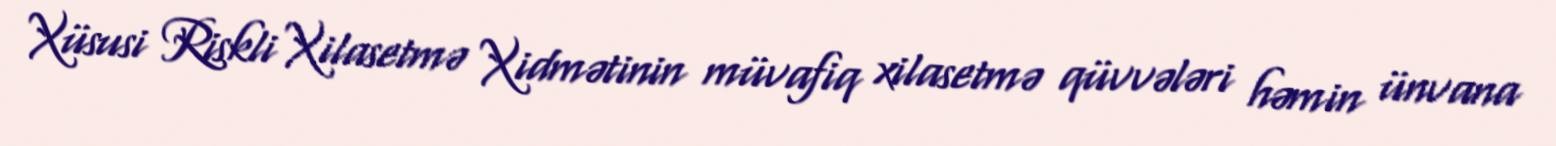
Xüsusi Riskli Xilasetmə Xidmətinin müvafiq xilasetmə qüvvələri həmin ünvana